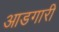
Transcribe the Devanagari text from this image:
आडगारी